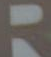
=